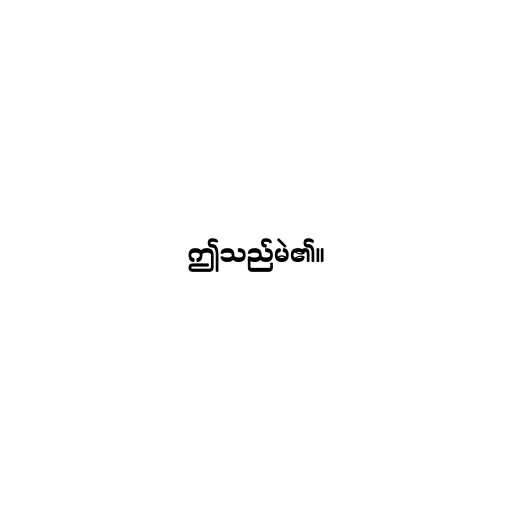
ဤသည်မဲ၏။